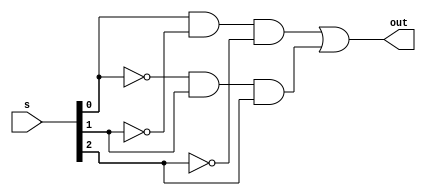
module c_b(
				input [2:0] s,
				output out);
	wire w1,w2;
	wire not_0,not_1,not_2;
	
	not not0(not_0,s[0]);
	not not1(not_1,s[1]);
	not not2(not_2,s[2]);
	
	and and1(w1,s[0],not_1,not_2);
	and and2(w2,not_0,s[1],s[2]);
	
	or or0(out,w1,w2);
endmodule